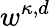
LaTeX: w^{\kappa,d}